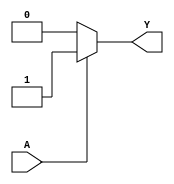
module KMapCombinationalLogic (
    input wire A,      // Input variable
    output wire Y      // Output variable
);

// Define the output based on the K-map logic
// Assign values for f(0) and f(1)
// For example, let's assume:
// f(0) = 0 and f(1) = 1
// You can modify these values according to your specific logic function needs.

parameter f_0 = 0;  // Value for f(0) when A = 0
parameter f_1 = 1;  // Value for f(1) when A = 1

assign Y = (A == 1) ? f_1 : f_0; // Using a conditional operator to select output

endmodule